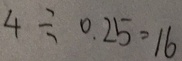
4 \div 0 . 2 5 = 1 6